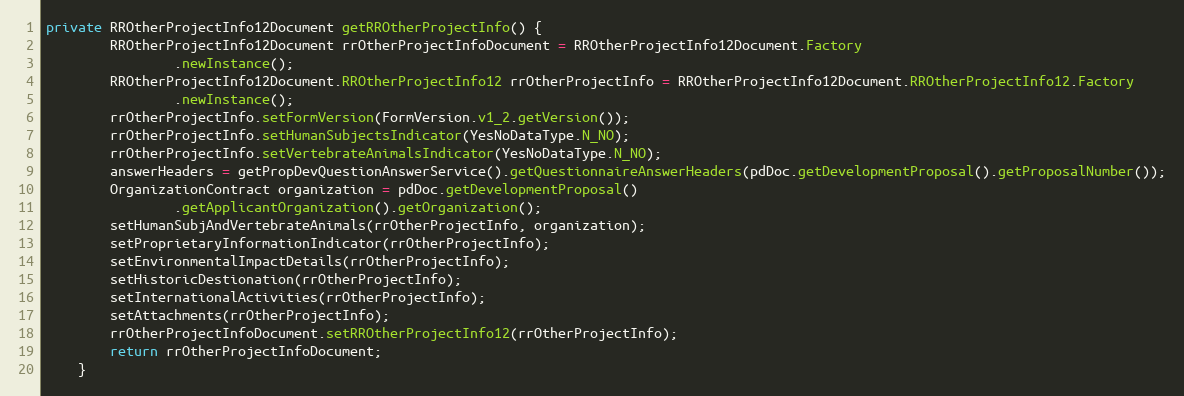
Language: Java
private RROtherProjectInfo12Document getRROtherProjectInfo() {
		RROtherProjectInfo12Document rrOtherProjectInfoDocument = RROtherProjectInfo12Document.Factory
				.newInstance();
		RROtherProjectInfo12Document.RROtherProjectInfo12 rrOtherProjectInfo = RROtherProjectInfo12Document.RROtherProjectInfo12.Factory
				.newInstance();
		rrOtherProjectInfo.setFormVersion(FormVersion.v1_2.getVersion());
		rrOtherProjectInfo.setHumanSubjectsIndicator(YesNoDataType.N_NO);
		rrOtherProjectInfo.setVertebrateAnimalsIndicator(YesNoDataType.N_NO);
		answerHeaders = getPropDevQuestionAnswerService().getQuestionnaireAnswerHeaders(pdDoc.getDevelopmentProposal().getProposalNumber());
		OrganizationContract organization = pdDoc.getDevelopmentProposal()
				.getApplicantOrganization().getOrganization();
		setHumanSubjAndVertebrateAnimals(rrOtherProjectInfo, organization);
		setProprietaryInformationIndicator(rrOtherProjectInfo);
		setEnvironmentalImpactDetails(rrOtherProjectInfo);
		setHistoricDestionation(rrOtherProjectInfo);
		setInternationalActivities(rrOtherProjectInfo);
		setAttachments(rrOtherProjectInfo);
		rrOtherProjectInfoDocument.setRROtherProjectInfo12(rrOtherProjectInfo);
		return rrOtherProjectInfoDocument;
	}